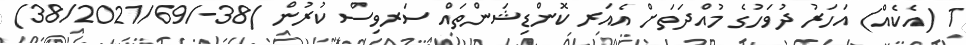
1 (އެކެއް) އަހަރު ދުވަހުގެ މުއްދަތަށް އެއަރ ކޮންޑިޝަންތައް ސަރވިސް ކުރުން )38-/38/2021/69)